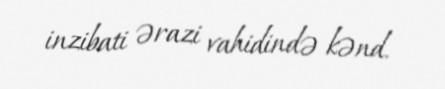
inzibati ərazi vahidində kənd.